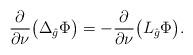
LaTeX: \begin{align*} \frac{\partial}{\partial \nu} \big(\Delta_{\hat{g}} \Phi \big) = - \frac{\partial}{\partial \nu} \big(L_{\hat{g}} \Phi \big). \end{align*}